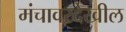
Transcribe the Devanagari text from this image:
मंचावरदेखील